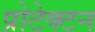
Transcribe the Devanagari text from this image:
प्रोटेक्टन